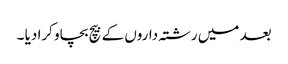
بعد میں رشتہ داروں کے بیچ بچاو کرا دیا ۔